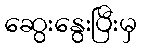
ဆွေးနွေးပြီးမှ